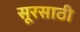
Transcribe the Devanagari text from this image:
सूरसाठी